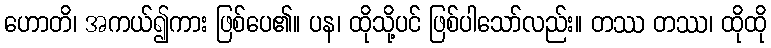
ဟောတိ၊ အကယ်၍ကား ဖြစ်ပေ၏။ ပန၊ ထိုသို့ပင် ဖြစ်ပါသော်လည်း။ တဿ တဿ၊ ထိုထို